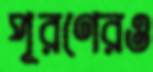
পূরণেরও